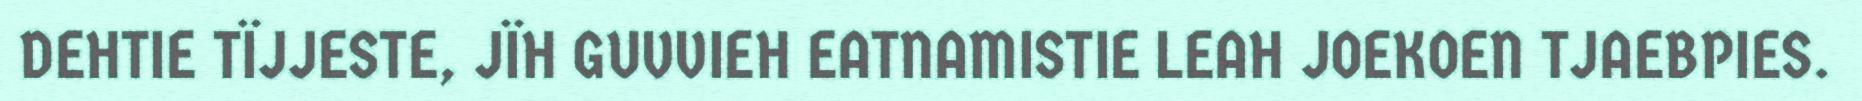
DEHTIE TÏJJESTE, JÏH GUVVIEH EATNAMISTIE LEAH JOEKOEN TJAEBPIES.